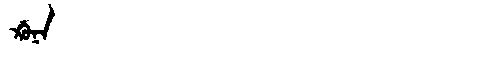
Manchu: ᡤ᠋ᠣᠨᠠ
Romanization: G'ONA